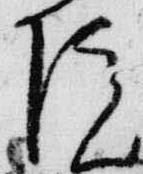
院